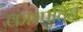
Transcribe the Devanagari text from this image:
कास्पुतिन